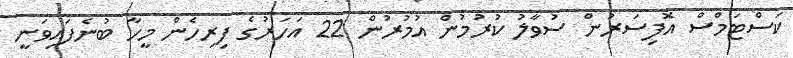
ކަސްޓަމްސް އޮފިސަރުން ސުވާލު ކުރުމުން އުމުރުން 22 އަހަރުގެ ފިރިހެން މީހާ ބުނެފައިވަނީ